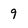
Character: 9